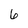
Character: 6